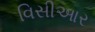
વિસીઆર